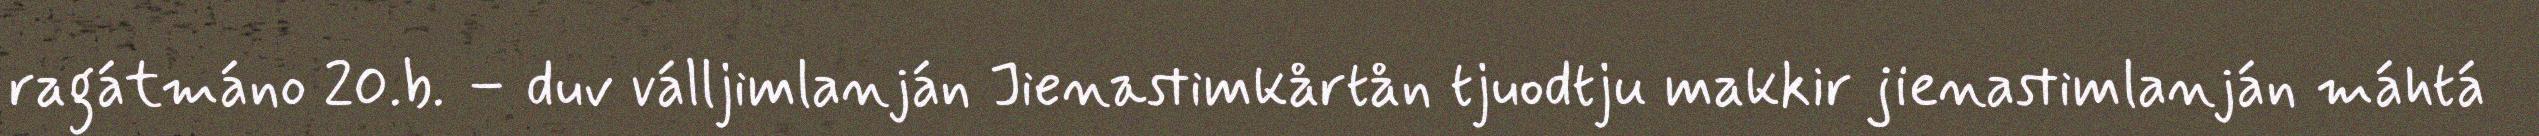
ragátmáno 20.b. – duv válljimlanján Jienastimkårtån tjuodtju makkir jienastimlanján máhtá